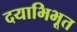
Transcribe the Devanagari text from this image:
दयाभिभूत